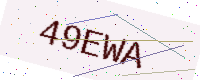
Text: 49EWA